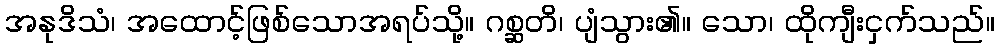
အနုဒိသံ၊ အထောင့်ဖြစ်သောအရပ်သို့။ ဂစ္ဆတိ၊ ပျံသွား၏။ သော၊ ထိုကျီးငှက်သည်။